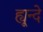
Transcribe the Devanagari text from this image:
ह्यून्दे